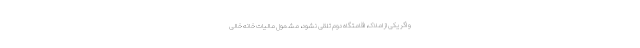
و اگر یکی از املاک، اقامتگاه دوم تلقی نشود، مشمول مالیات خانه خالی